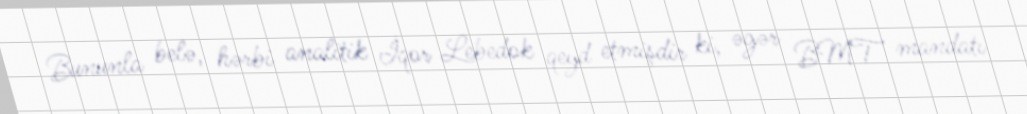
Bununla belə, hərbi analitik İqor Lebedok qeyd etmişdir ki, əgər BMT mandatı